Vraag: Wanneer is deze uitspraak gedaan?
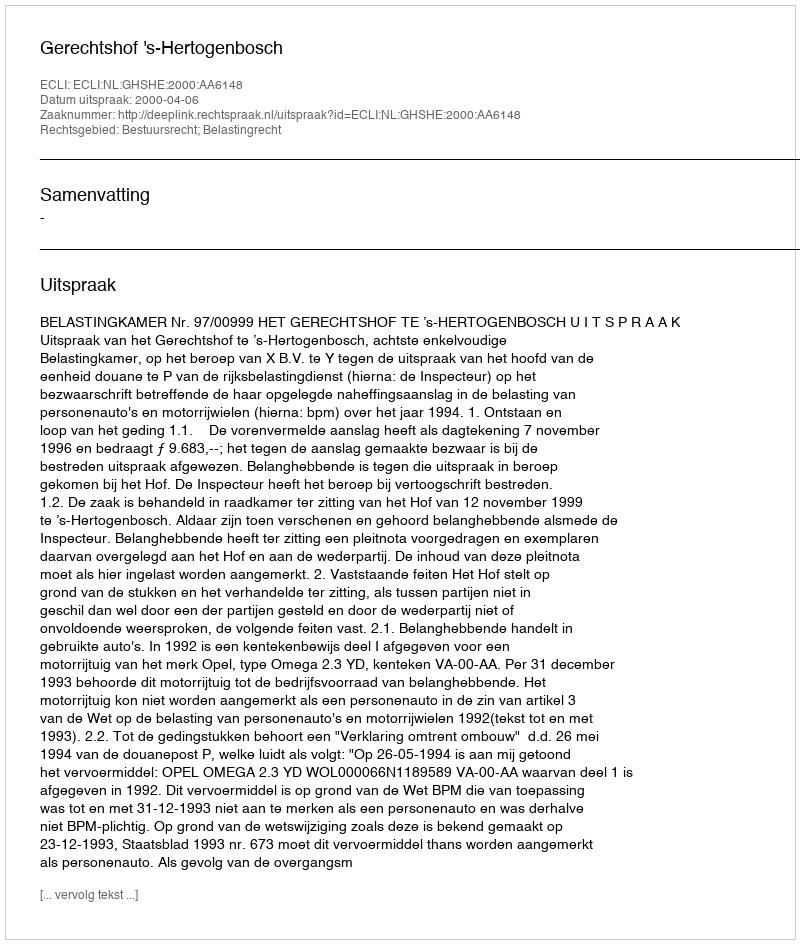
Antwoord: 2000-04-06